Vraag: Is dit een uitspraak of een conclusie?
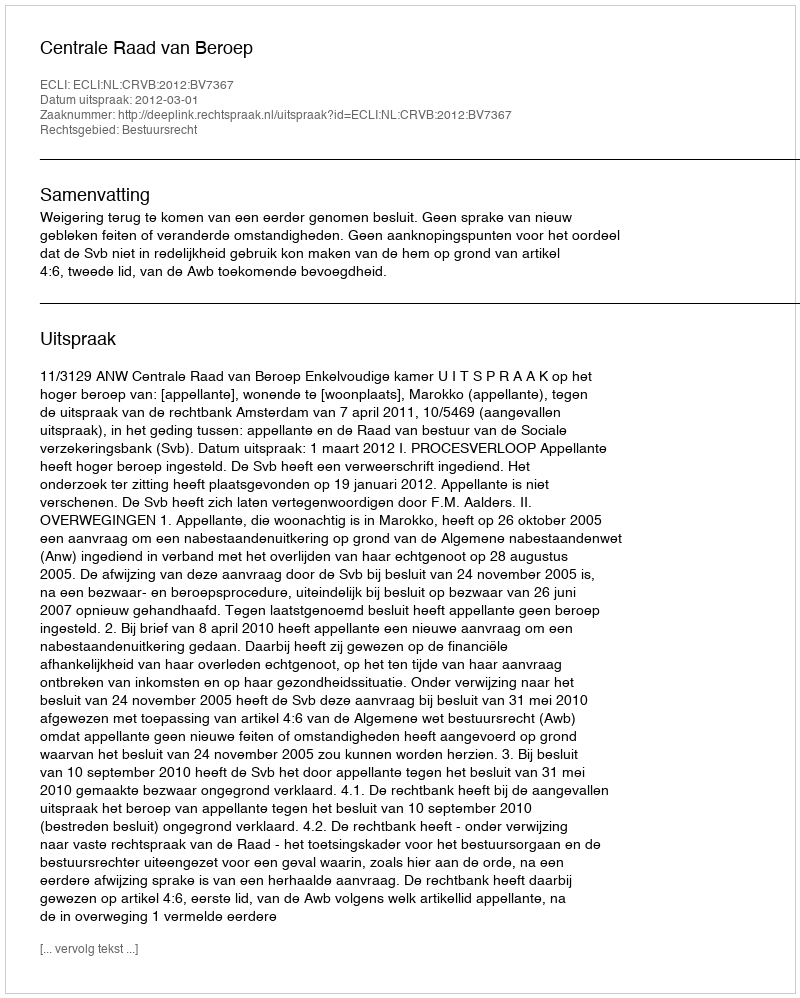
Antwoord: Uitspraak